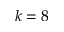
k = 8